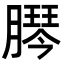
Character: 𦠴